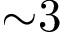
{ \sim } 3